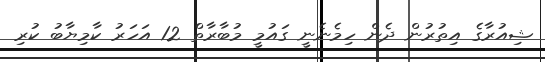
ޝިއުރާގެ އިތުރުން ދެން ހިމެނެނީ ގައުމީ މުބާރާތް 12 އަހަރު ކާމިޔާބު ކުރި